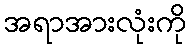
အရာအားလုံးကို